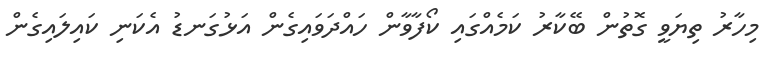
މިހާރު ތިޔަވީ ގޮތުން ބޭކާރު ކަމެއްގައި ކޯފާވާން ހައްދަވައިގެން އަޅުގަނޑު އެކަނި ކައިލައިގެން